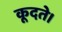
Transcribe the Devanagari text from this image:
कूदते।